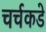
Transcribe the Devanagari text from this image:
चर्चकडे